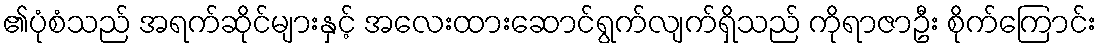
၏ပုံစံသည် အရက်ဆိုင်များနှင့် အလေးထားဆောင်ရွက်လျက်ရှိသည် ကိုရာဇာဦး စိုက်ကြောင်း